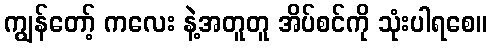
ကျွန်တော့် ကလေး နဲ့အတူတူ အိပ်စင်ကို သုံးပါရစေ။